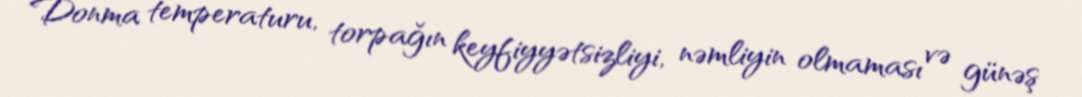
Donma temperaturu, torpağın keyfiyyətsizliyi, nəmliyin olmaması və günəş